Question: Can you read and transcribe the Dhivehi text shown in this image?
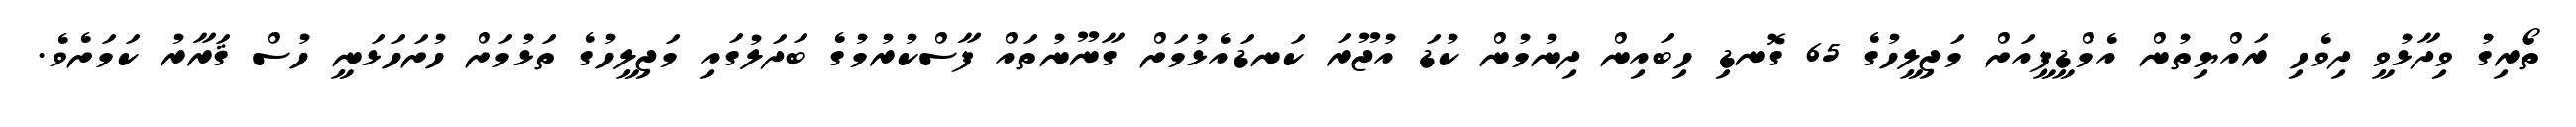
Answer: ތޯރިގު ވިދާޅުވީ ދިވެހި ރައްޔިތުން އެމްޑީޕީއަށް މަޖިލީހުގެ 65 ގޮނޑި ހިބައިން ދިނުމުން ކުޑަ އުޖޫރަ ކަނޑައެޅުމަށް ގާނޫނުތައް ފާސްކުރުމުގެ ބަދަލުގައި މަޖިލީހުގެ ތަޅުމަށް ހުށަހަޅަނީ ހުސް ޤަރާރު ކަމަށެވެ.